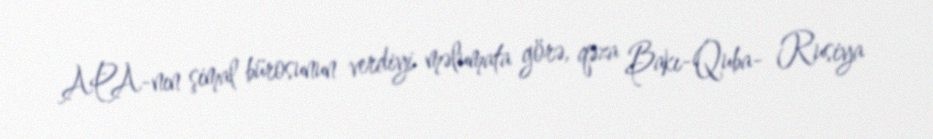
APA-nın şimal bürosunun verdiyi məlumata görə, qəza Bakı-Quba- Rusiya